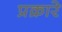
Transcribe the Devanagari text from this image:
प्रक्रारे